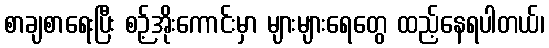
စာချစာရေးပြီး စဉ့်အိုးကောင်းမှာ များများရေတွေ ထည့်နေရပါတယ်၊